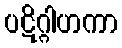
ပဋိဂ္ဂါဟကာ